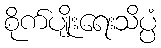
စိုက်ပျိုးရေးသိပ္ပံ